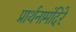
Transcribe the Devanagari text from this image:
प्रार्थनामंदिरे